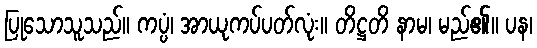
ပြုသောသူသည်။ ကပ္ပံ၊ အာယုကပ်ပတ်လုံး။ တိဋ္ဌတိ နာမ၊ မည်၏။ ပန၊